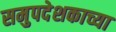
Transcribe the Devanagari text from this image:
समुपदेशकाच्या